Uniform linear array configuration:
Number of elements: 64
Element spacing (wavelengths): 0.75
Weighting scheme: hann
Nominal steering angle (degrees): -45
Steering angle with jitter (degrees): -44.489
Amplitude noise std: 0.05
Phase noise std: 0.05

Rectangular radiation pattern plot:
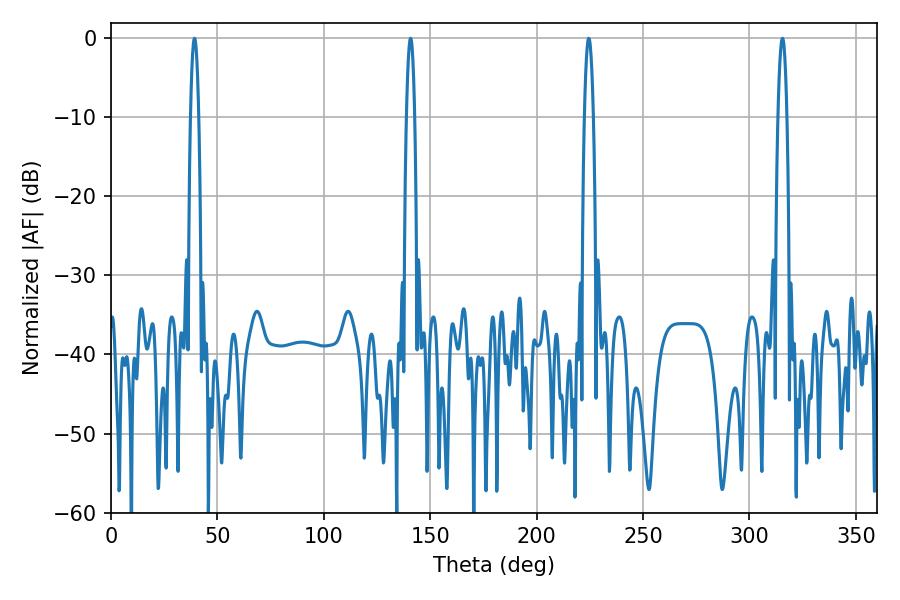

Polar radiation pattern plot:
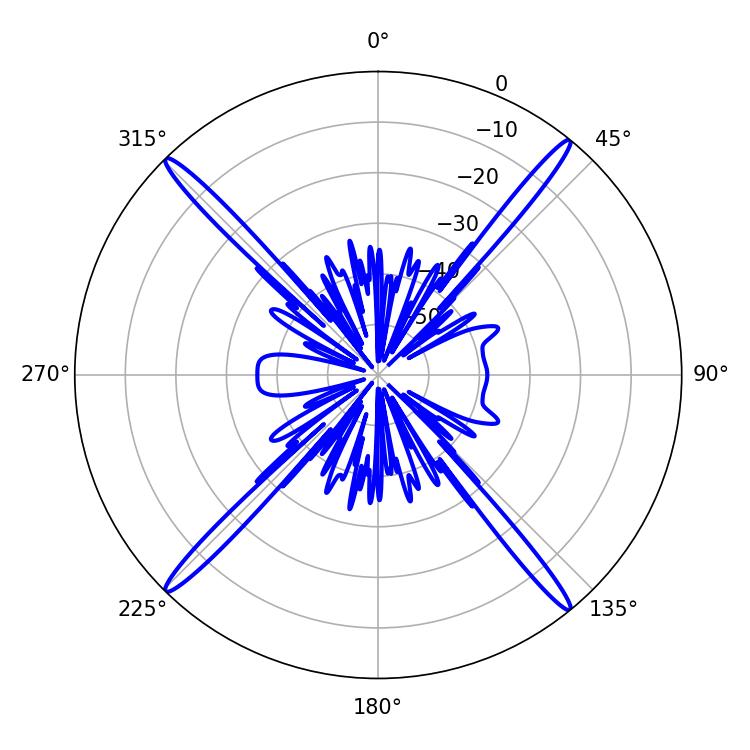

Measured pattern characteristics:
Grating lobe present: TRUE
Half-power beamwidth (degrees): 2.16
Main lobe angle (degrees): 140.76